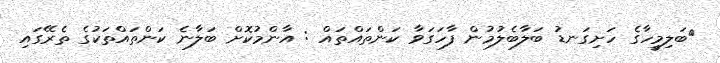
ބަލިމީހާގެ ހަށިގަނޑު ބަލާބެލުމުން ފާހަގަވާ ކަންތައްތައް : އާންމުކޮށް ބަލާނެ ކަންތައްތަކުގެ ތެރޭގައި